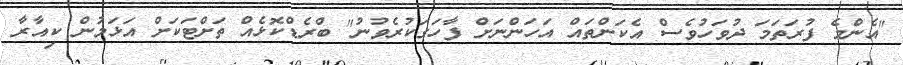
"އެންމެ ފުރަތަމަ ދުވަހުވެސް އެކަންތައް އަހަންނަށް ފާހަގަކުރެވުނު" ބްރެޑްކޮޅެއް ތަށްޓަކަށް އަޅަމުން ކިއާރާ